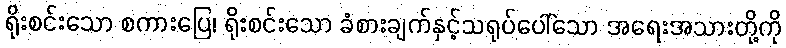
ရိုးစင်းသော စကားပြေ၊ ရိုးစင်းသော ခံစားချက်နှင့်သရုပ်ပေါ်သော အရေးအသားတို့ကို